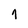
Character: 1